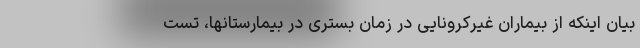
بیان اینکه از بیماران غیرکرونایی در زمان بستری در بیمارستانها، تست